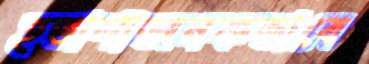
হতাশাজনকভাবে